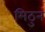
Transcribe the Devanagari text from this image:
मिठुन